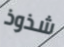
شذوذ